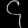
Digit: ၄